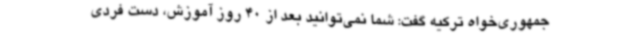
جمهوری‌خواه ترکیه گفت: شما نمی‌توانید بعد از 40 روز آموزش، دست فردی